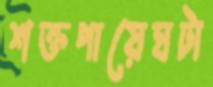
শক্তপায়েঘটা